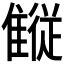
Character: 𱁋